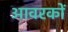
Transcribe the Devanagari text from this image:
आवरकों